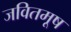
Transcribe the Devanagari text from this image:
जवितमूष